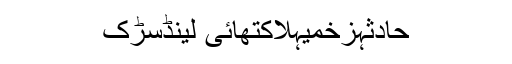
حادثہزخمیہلاکتھائی لینڈسڑک